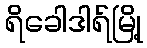
ရိခေါဒါရ်မြို့